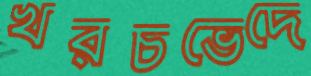
খরচভেদে